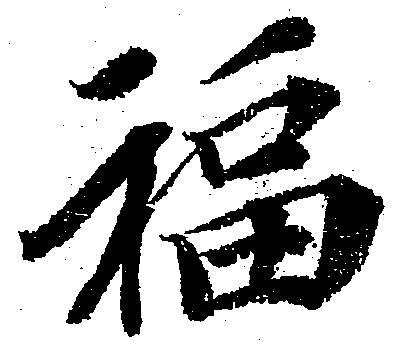
福